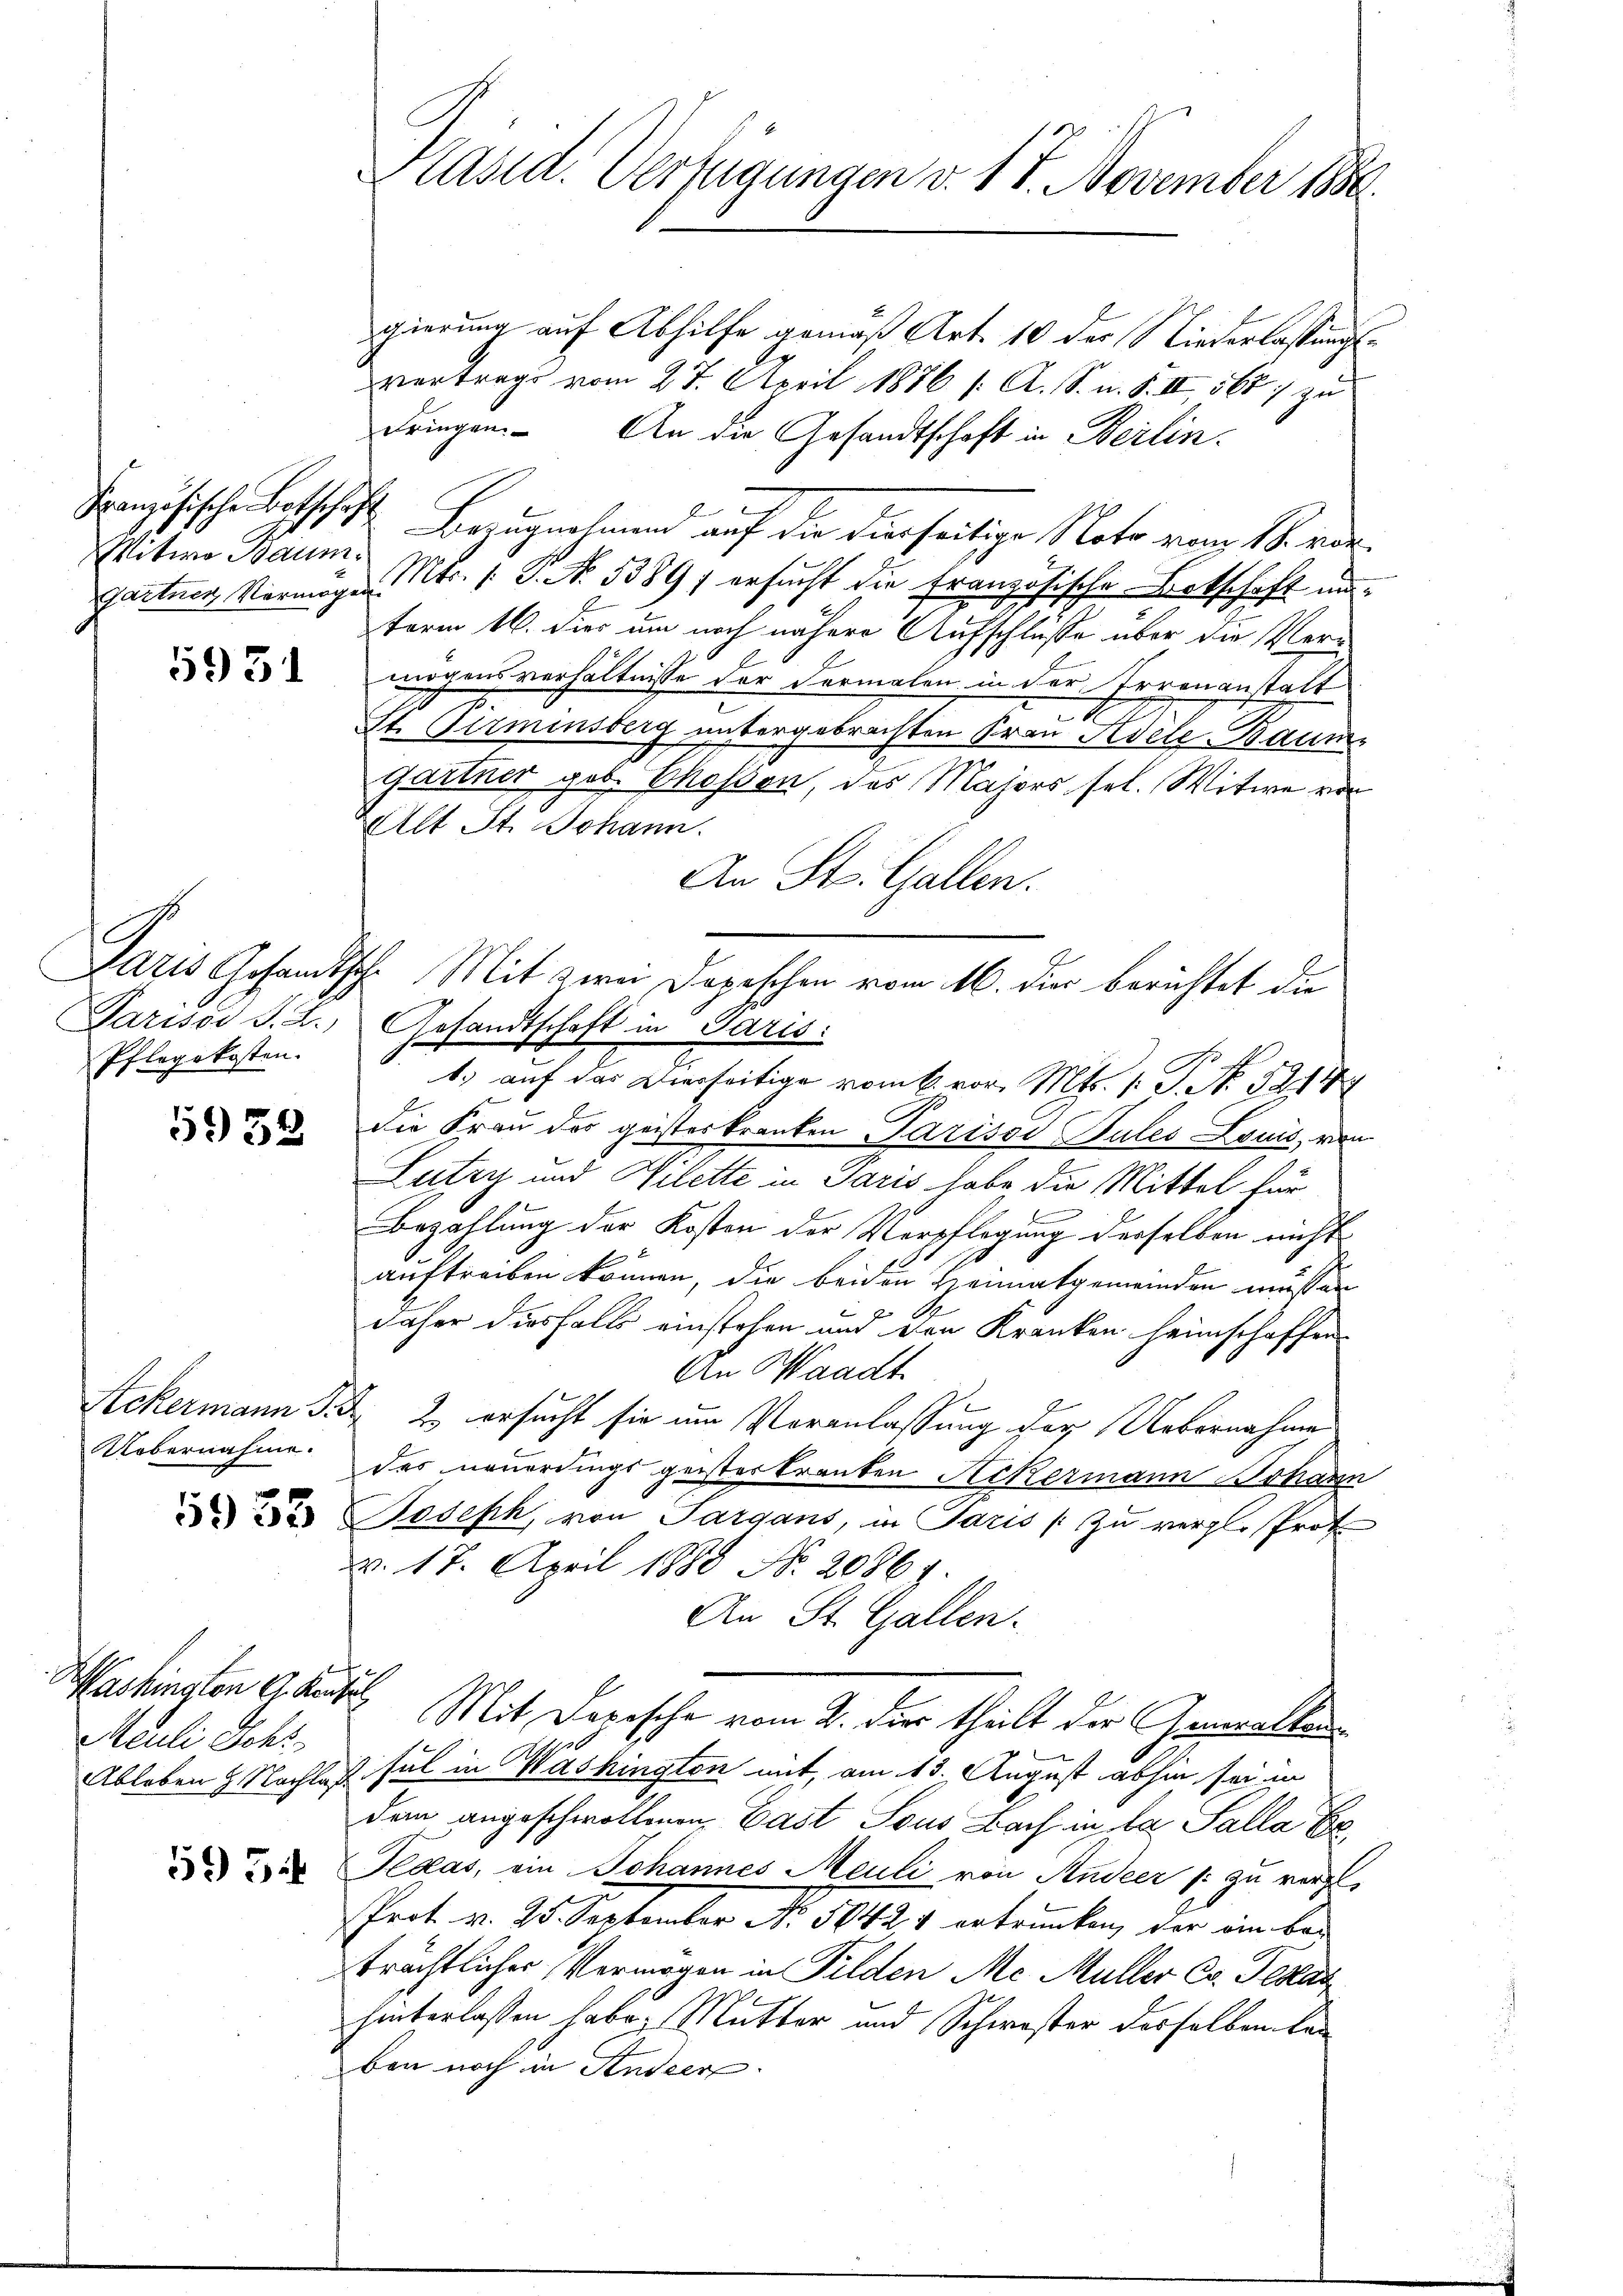
Mitwo Baum

593

Pflegekosten.

5938

Washington G. Kurzel,
Meuli Schr

595

gierung auf Abhilfe gemäß Art. 10 der Niederlassungsvortrage vom 27. April 1876 s. A. S. u. S. II 568 zu
dringen. An die Gesandtschaft in Berlin.
Französische Botschaft Bezugnahmend auf die dierseitige Note von 18. vor
Zartner Vermögen Nr. 1. P. No. 5389) ersucht die französische Botschaft unterm 16. dies um noch nähere Aufschlüsse über die Vern
wögens verhältnisse der dermalen in der Irrenanstalt
2
St. Pirminsberg untergebrachten Frau Adele Baume
gartner geb. Thossen, das Majors sel. Witwe vor
ZAlt St. Johann.
An St. Gallen.
Paris Gesandtsch. Mit zwei Depeschen vom 16. die berichtet die
Parisos S. L. Gesandtschaft in Paris:
1.) auf das Vierseitige vom 6. vor. Mts. 1. P. Nr. 52144
die Frau das geisteskranken Parisse Pules Louis, von
Lutry und Vilette in Paris habe, die Mittel für
F
Bezahlung der Kosten der Verpflegung desselben nicht
auftreiben können, die beiden Heimatgemeinden müssen
daher diesfalls einstehen und den Kranken heimschaffen
An Waadt
Ackermann S. d. 2. ersucht sie um Veranlassung der Uebernahme
Uebernahme des neuerdings geisterkranken Ackermann Johann
e Joseph, von Sargans, in Paris / zu vergl. Prof.
v. 17. April 1888 No. 2086.
An St. Gallen.
Mit Depesche vom 2. dies theilt der Generalkan¬
Ableben & Nachlaß sel in Washington mit, am 13. August abhin sei im
dem angeschwollenen Last sous Bach in la Salla Er
Plaas, ein Johannes Meuli von Andeer (: zu verze
Prot v. 25. September No. 5842 4 ertrunken, der ein beträchtlicher Vermögen in Pilden Me Müller Co. Testat
hinterlassen habe, Mutter und Schwester dasselben kan
ben noch in Ander

Präsid. Verfügungen v. 17. November 1886.